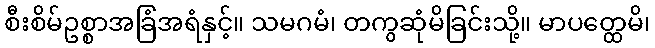
စီးစိမ်ဥစ္စာအခြံအရံနှင့်။ သမဂမံ၊ တကွဆုံမိခြင်းသို့။ မာပတ္ထေမိ၊